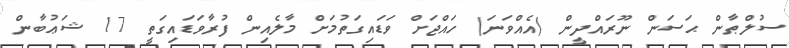
ސުލްޠާން ޙަސަން ނޫރައްދީން (އެއްވަނަ) ހައްޖަށް ވަޑައިގަތުމަށް މާލެއިން ފުރާވަޑައިގަތީ 17 ޝަޢުބާން